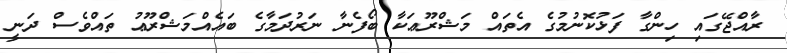
ރާއްޖޭގައި ހިންގާ ފަޅުކޮނުމުގެ އެތައް މަޝްރޫޢަކާ ބޯފެނާ ނަރުދަމާގެ ބައެއްމަޝްރޫޢު ތައްވެސް ދަނީ